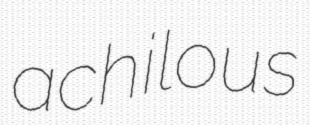
achilous